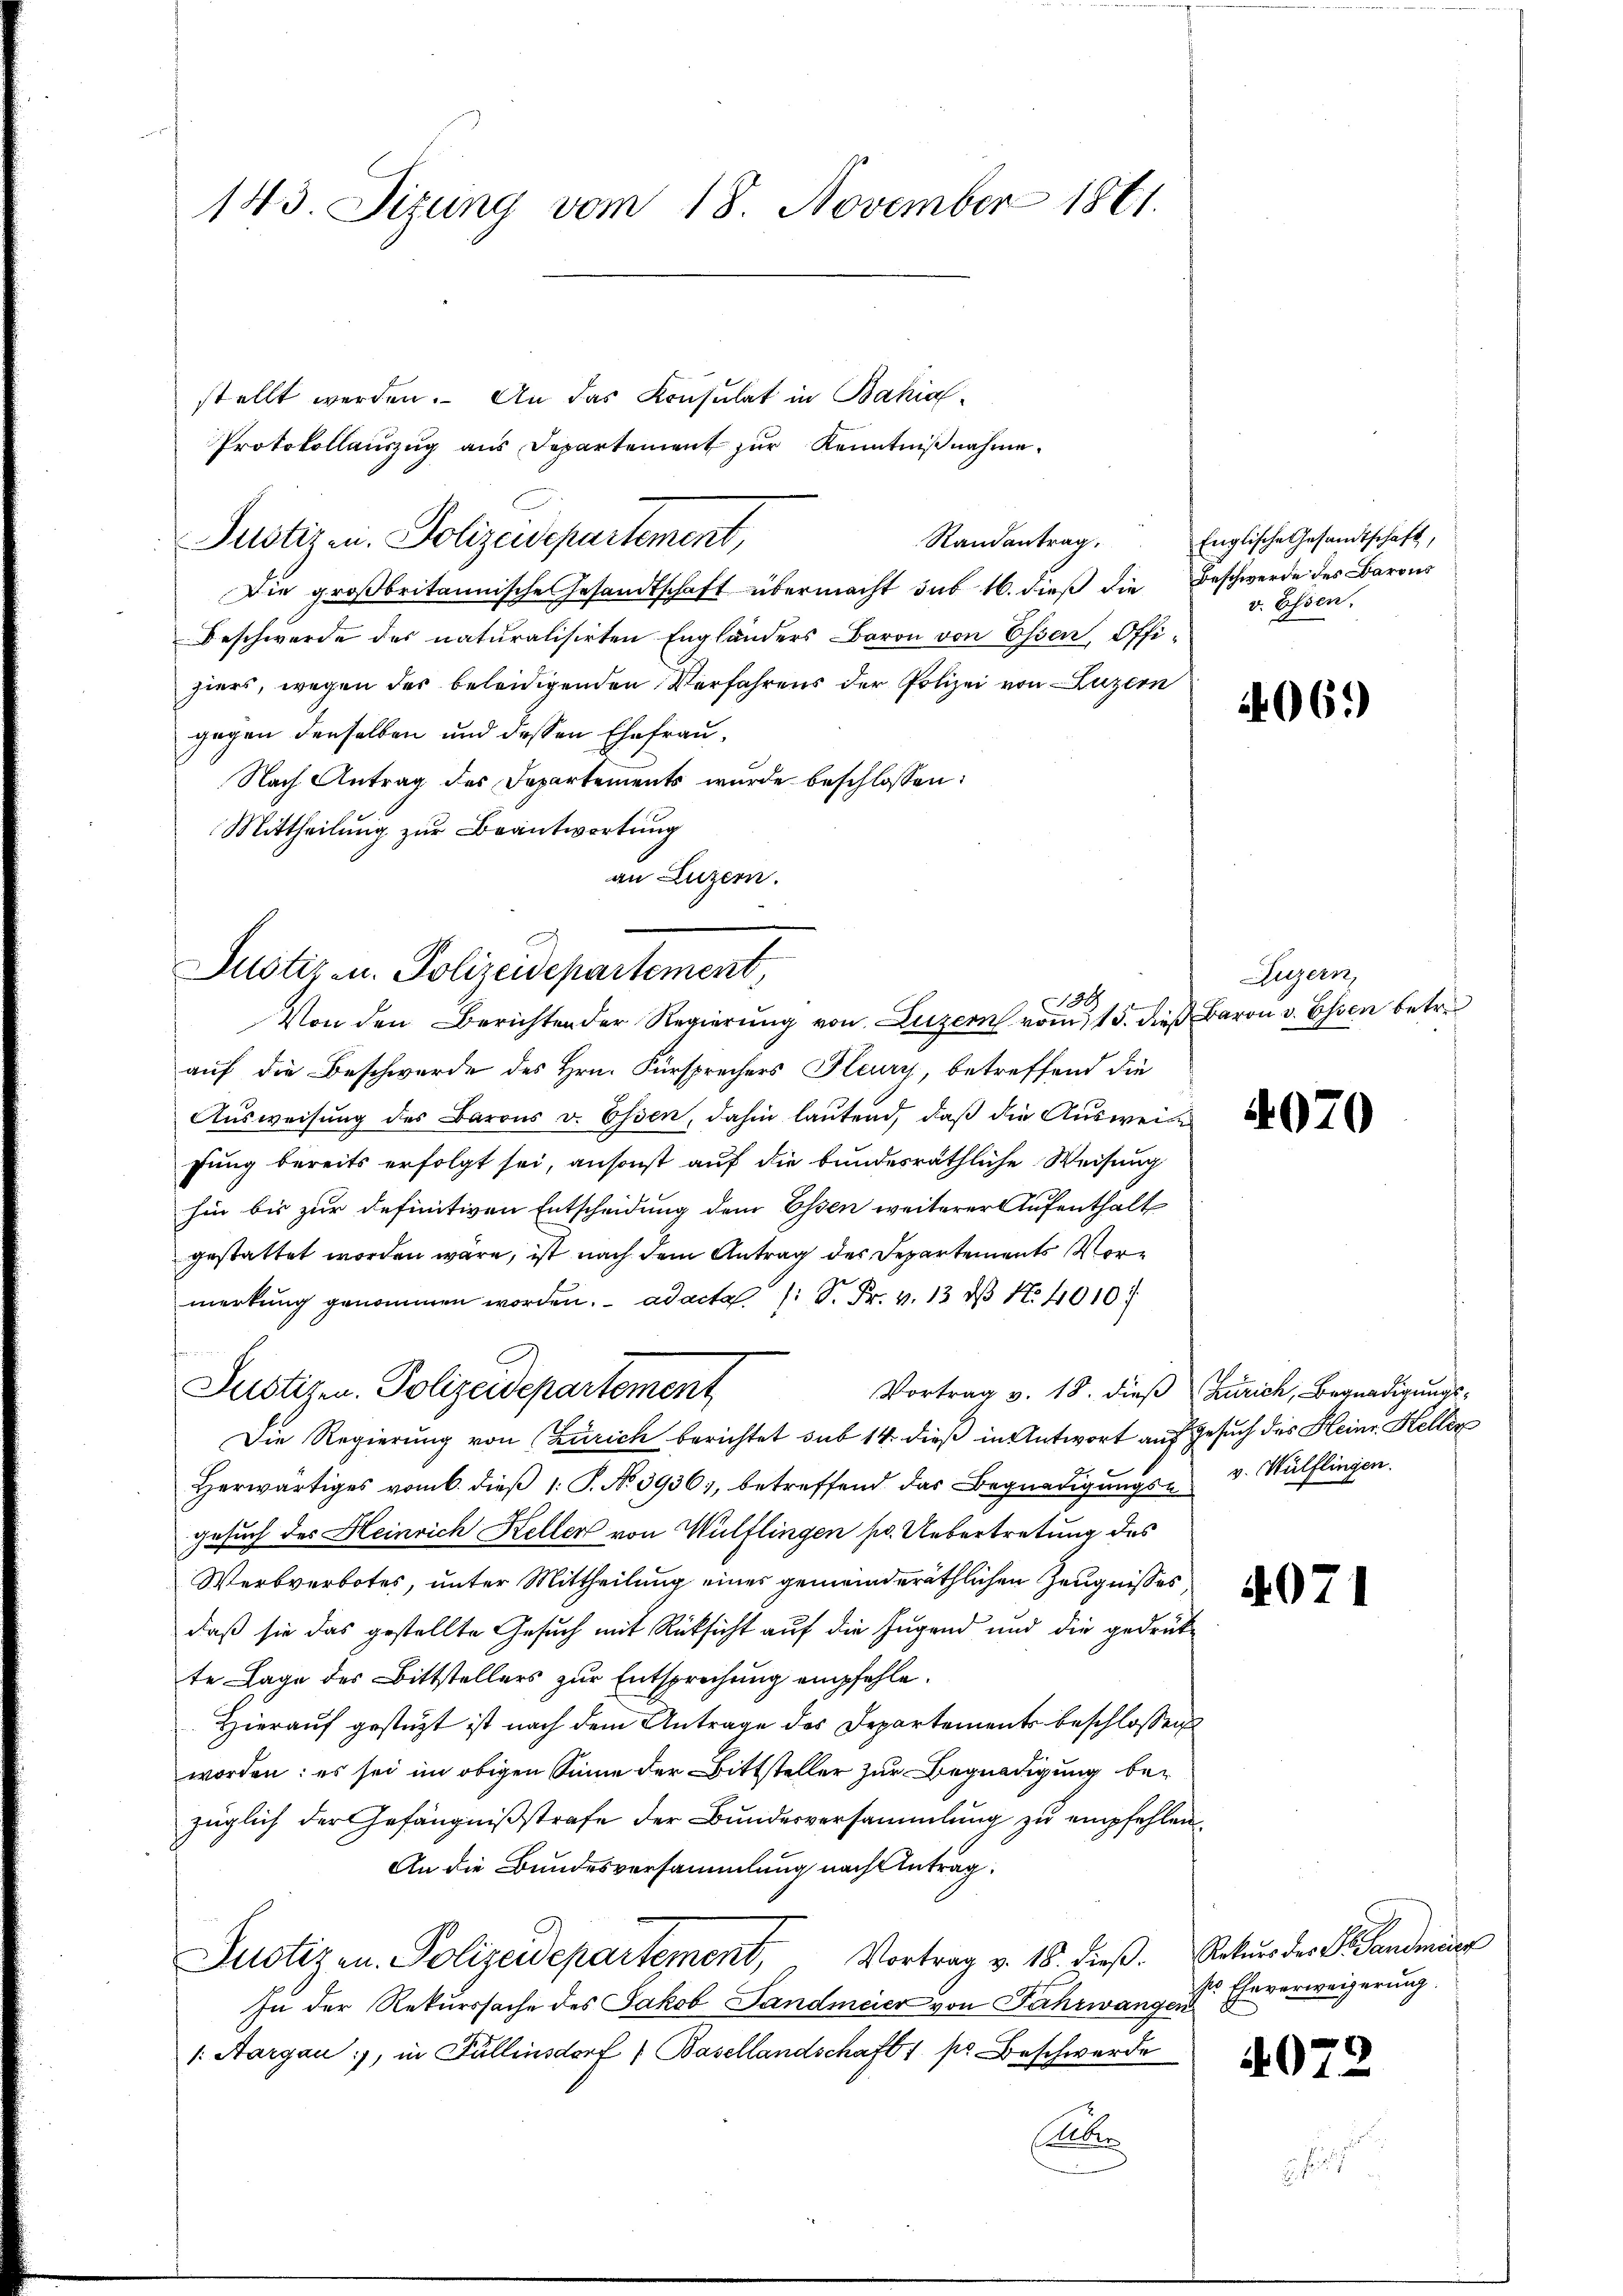
143. Sizung vom 18. November 1861.

stellt werden. An das Konsulat in Bahial-
Protokollauszug aus Departement zur Kenntnißnahme.
Randantrag.
Die großbritannische Gesandtschaft übermacht das 16. dieß die Beschwerde des Barons
Beschwerde des naturalisirten Engländers Baron von Essen, Offihiers, wegen des beleidigenden Verfahrens der Polizei von Luzern
gegen denselben und dessen Ehefrau,
Nach Antrag des Departements wurde beschlossen:
Mittheilung zur Beantwortung
an Luzern.
auf die Beschwerde des Hrn. Fürsprechers Pleury, betreffend die
Ausweisung des Barons v. Essen, dahin lautend, daß die Ausweise
fung bereits erfolgt sei, ansonst auf die bundesräthliche Weisung
hin bis zur definitiven Entscheidung dem Essen weiterer Aufenthalt
gestattet worden wäre, ist nach dem Antrag des Departements Vormerkŭng genommen worden. ad acta /: S. Fr. v. 13 d N. 4010
Justiz u. Polizeidepartement
Vortrag v. 18. dieß Zürich, Begnadigungs¬
Die Regierung von Zürich berichtet sub 14 dieß in Antwort auf Gesuch des Heinr. Heller
Herwärtiges vom 6. dieß 1: P. No 3936, betreffend das Begnadigungs- v. Wülflingen.
gesuch des Heinrich Keller von Wülflingen pr. Uebertretung des
Werbverbotes, unter Mittheilung eines gemeinderäthlichen Zeugnisses
daß sie das gestellte Gesuch mit Rücksicht auf die Jugend und die gedrükte Lage des Bittstellers zur Entsprechung empfehle.
Hierauf gestüzt ist nach dem Antrage des Departements beschlossen
worden: es sei im obigen Sinne der Bittsteller zur Begnadigung bezüglich der Gefängnißstrafe der Bundesversammlung zu empfehlen.
An die Bundesversammlung nach Antrag.
Justizen. Polizeidepartement, Vortrag v. 18. dieβ. Rekŭrs der B. Landmar
In der Rekurssache des Jakob Landmeier von Fahrwangen
/. Aargau, in Fällensdorf (Basellandschaft 1 pr Beschwerde
Alber

Justiz- u. Polizeidepartement,
130
Von den Berichten der Regierŭng von Luzern vom 15. dieβ Baron v. Essen betre

Justizen. Polizeisepartement,

Englische Gesandtschaft,
v. Essen.

4069)

Luzern,

4070

4071

ss Eheverweigerung.

4073